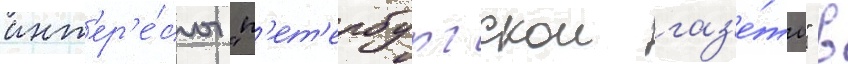
инт'ер'е́сы "п'ет'ербургскои газ'е́ты" в